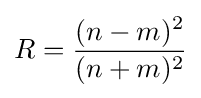
R={\frac {(n-m)^{2}}{(n+m)^{2}}}